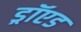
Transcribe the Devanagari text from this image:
ड्रॉएड